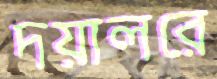
দয়ালরে